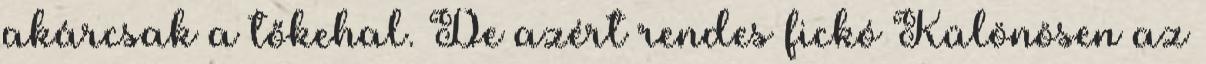
akárcsak a tőkehal. De azért rendes fickó Különösen az